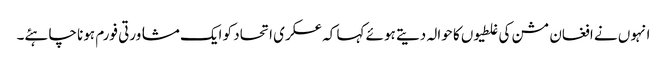
انہوں نے افغان مشن کی غلطیوں کا حوالہ دیتے ہوئے کہا کہ عسکری اتحاد کو ایک مشاورتی فورم ہونا چاہئے۔